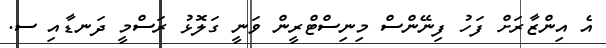
އެ އިންޒާރަށް ފަހު ފިނޭންސް މިނިސްޓްރީން ވަނީ ގަލޮޅު ރަސްމީ ދަނޑާއި ސ.